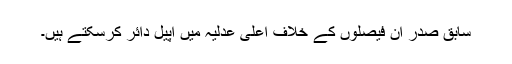
سابق صدر ان فیصلوں کے خلاف اعلیٰ عدلیہ میں اپیل دائر کرسکتے ہیں۔